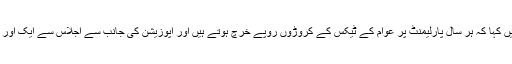
وزیراعظم نے سماجی رابطے کی ویب سائٹ ٹوئٹر پر اپنے بیان میں کہا کہ ہر سال پارلیمنٹ پر عوام کے ٹیکس کے کروڑوں روپے خرچ ہوتے ہیں اور اپوزیشن کی جانب سے اجلاس سے ایک اور واک آؤٹ سے ظاہر ہوتا ہے کہ اپوزیشن صرف یہی کر سکتی ہے۔